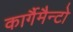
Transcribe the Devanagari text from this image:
कार्गैमैन्टो